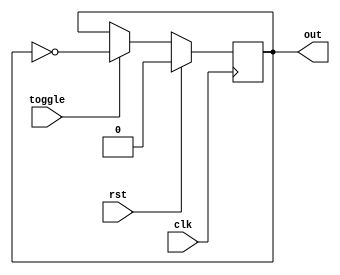
`timescale 1ns / 1ps

module FlipFlop(
        input      clk,
        input      rst,
        input      toggle,
        output reg out
    );
    
    always @(posedge clk)
    begin
        if(rst)out <= 0;
        else
        begin
            if(toggle)out <= ~out;
            else out <= out; 
        end
    end
endmodule